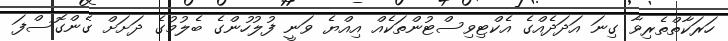
ހަރަކާތްތެރިވާ ގިނަ އަދަދެއްގެ އެކްޓިވިސްޓުންތަކެއް އިއްޔެ ވަނީ ފުލުހުންގެ ބެލުމުގެ ދަށަށް ގެންގޮސްފަ